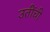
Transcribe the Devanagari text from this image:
उतींची